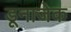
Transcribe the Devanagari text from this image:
डूनाजेक